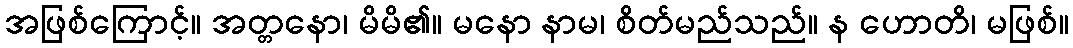
အဖြစ်ကြောင့်။ အတ္တနော၊ မိမိ၏။ မနော နာမ၊ စိတ်မည်သည်။ န ဟောတိ၊ မဖြစ်။